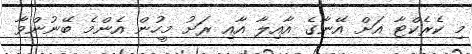
މި ކެރެކްޓާ އަށް އޭނާގެ އާއިލާ އާއި ރަށު މީހުން އެންމެ ބޭނުންވާ